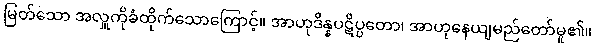
မြတ်သော အလှူကိုခံထိုက်သောကြောင့်။ အာဟုဒိန္နပဋိပ္ပတော၊ အာဟုနေယျမည်တော်မူ၏။